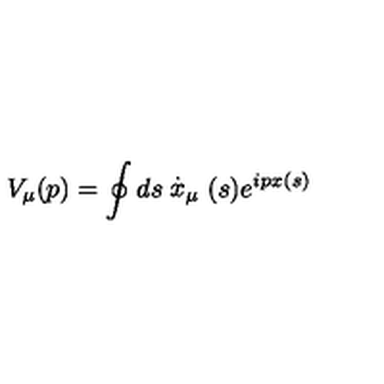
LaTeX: V _ { \mu } ( p ) = \oint d s \stackrel { . } { x } _ { \mu } ( s ) e ^ { i p x ( s ) }